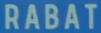
RABAT